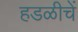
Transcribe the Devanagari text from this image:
हडळीचें